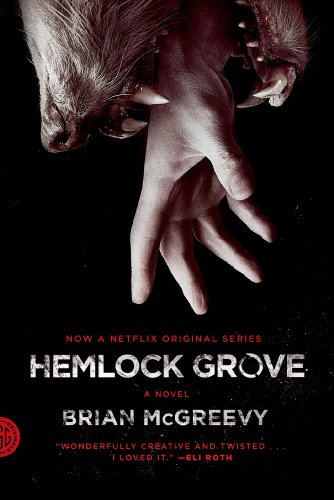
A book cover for Hemlock Grove: A Novel (Fsg Originals); Brian McGreevy; Mystery, Thriller & Suspense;